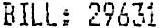
BILL: 29631